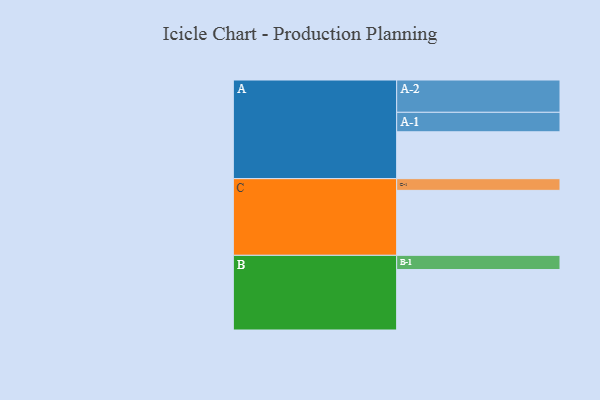
{"axis": {"x": "Segment", "y": "Value"}, "legend": ["", "A", "B", "C"], "data": [{"x": "A", "y": 373, "type": ""}, {"x": "B", "y": 481, "type": ""}, {"x": "C", "y": 517, "type": ""}, {"x": "A-1", "y": 155, "type": "A"}, {"x": "A-2", "y": 257, "type": "A"}, {"x": "B-1", "y": 113, "type": "B"}, {"x": "C-1", "y": 93, "type": "C"}]}